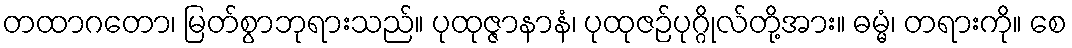
တထာဂတော၊ မြတ်စွာဘုရားသည်။ ပုထုဇ္ဇာနာနံ၊ ပုထုဇဉ်ပုဂ္ဂိုလ်တို့အား။ ဓမ္မံ၊ တရားကို။ စေ